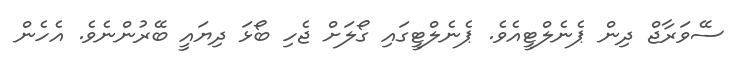
ސޭވަރާޖް ދިން ޕެނެލްޓީއެވެ. ޕެނެލްޓީގައި ގޯލަށް ޖެހި ބޯޅަ ދިޔައީ ބޭރުންނެވެ. އެހެން